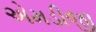
એમડીજી